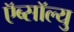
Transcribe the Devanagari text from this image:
ऍब्सॉल्यु